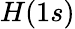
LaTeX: H(1s)